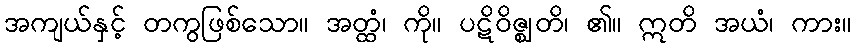
အကျယ်နှင့် တကွဖြစ်သော။ အတ္ထံ၊ ကို။ ပဋိဝိဇ္ဈတိ၊ ၏။ ဣတိ အယံ၊ ကား။